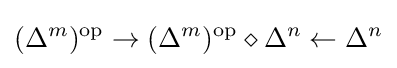
(\Delta ^{m})^{\mathrm {op} }\rightarrow (\Delta ^{m})^{\mathrm {op} }\diamond \Delta ^{n}\leftarrow \Delta ^{n}